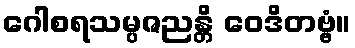
ဂေါစရသမ္ပဇညန္တိ ဝေဒိတဗ္ဗံ။